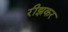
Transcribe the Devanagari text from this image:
रीझकर